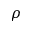
\rho